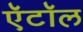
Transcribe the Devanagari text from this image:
ऍटॉल